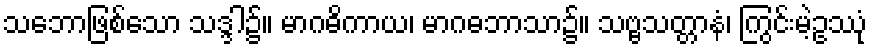
သဘောဖြစ်သော သဒ္ဒါ၌။ မာဂဓိကာယ၊ မာဂဓဘာသာ၌။ သဗ္ဗသတ္တာနံ၊ ကြွင်းမဲ့ဥဿုံ